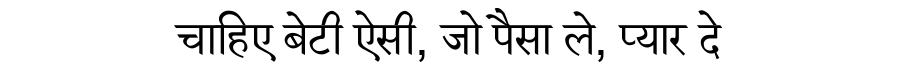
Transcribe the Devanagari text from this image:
चाहिए बेटी ऐसी, जो पैसा ले, प्यार दे